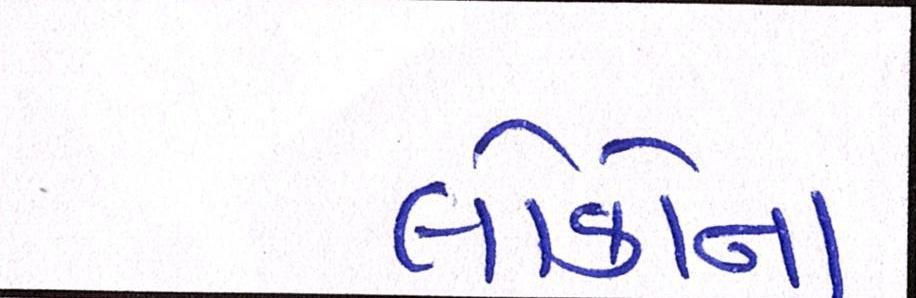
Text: લોકોના